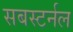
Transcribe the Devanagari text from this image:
सबस्टर्नल